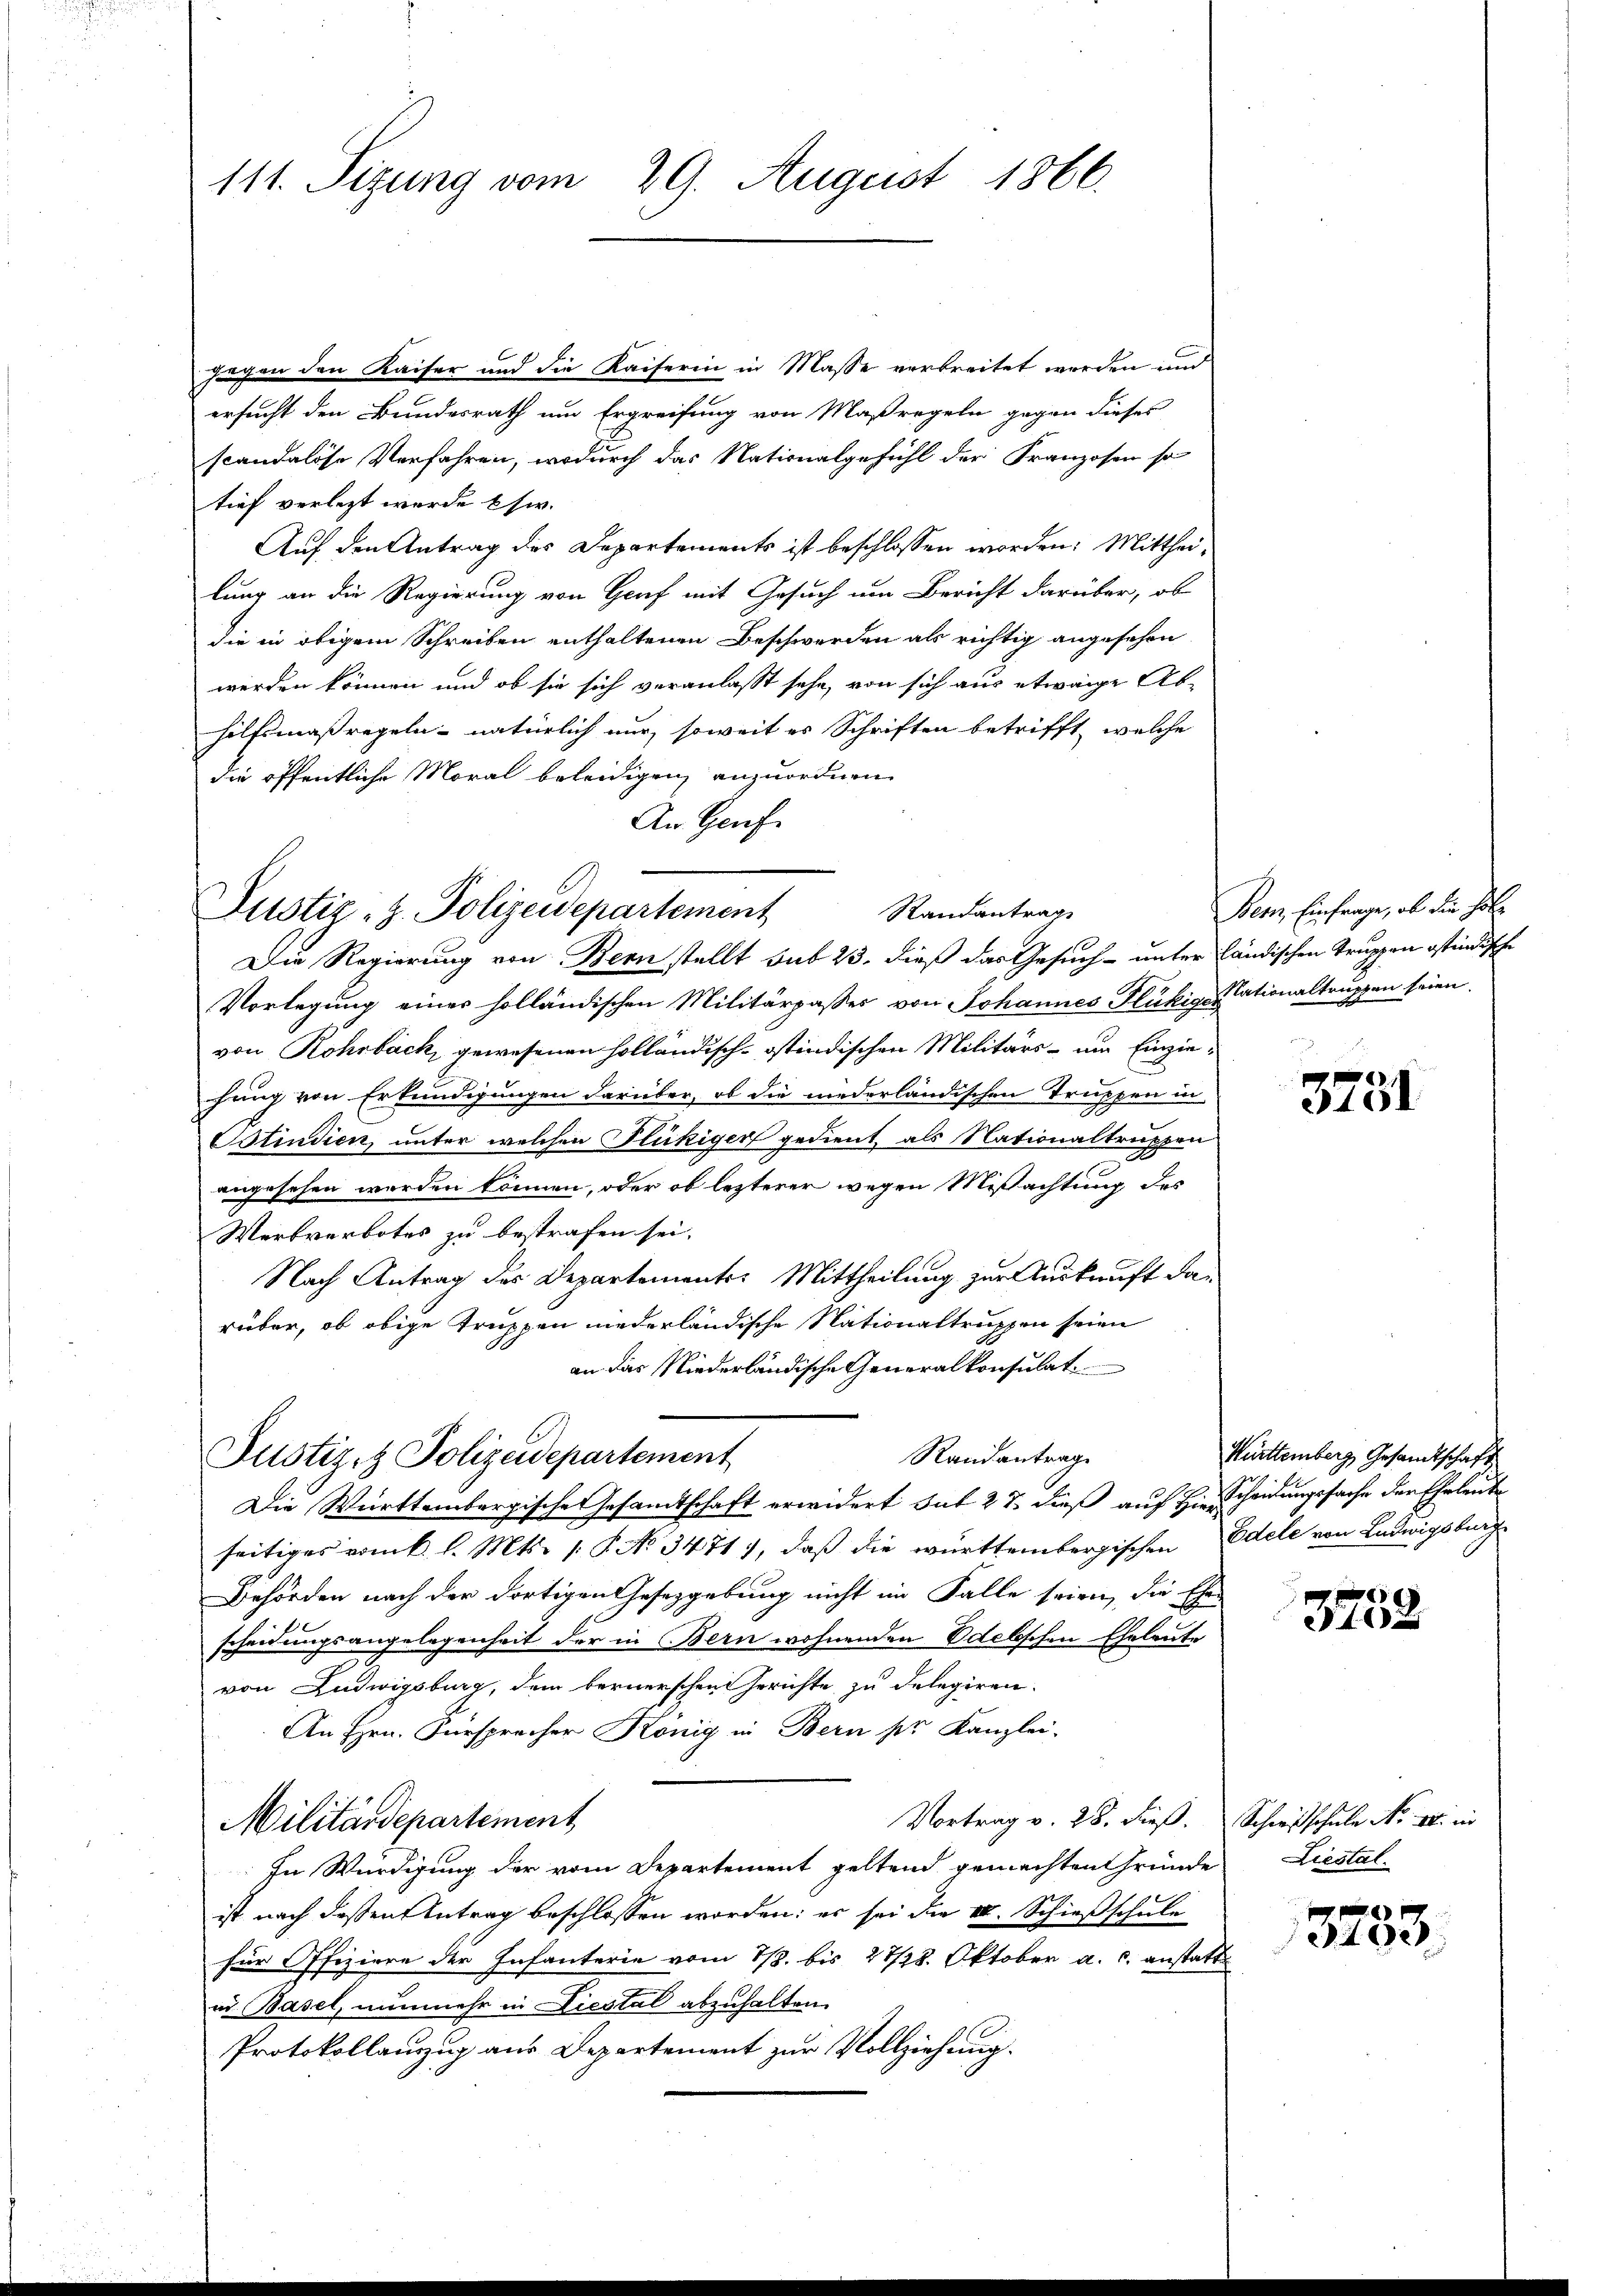
111. Sitzung vom 29. August 1866.

An Genf
Randantrag
Justiz- H. Polizeidepartement

gegen den Kaiser und die Kaiserin in Masse verbreitet werden und
ersucht den Bundesrath um Ergreifung von Maßregeln gegen dieses
scandalöse Verfahren, wodurch das Nationalgefühl der Franzosen so
tief verletzt werde usw.
Auf den Antrag des Departements ist beschlossen worden. Mittheilung an die Regierung von Graf mit Gesuch um Bericht darüber, ob
die in obigem Schreiben enthaltenen Beschwerden als richtig angesehen
werden können und ob sie sich veranlasst sehe, von sich aus etwaige Ab-
hilfsmaßregeln - natürlich nur, soweit es Schriften betrifft, welche
die öffentliche Moral beleidigen anzuordnen
Die Regierung von Bern stellt sub 23. dieß das Gesuch- unter ländischen Truppen ostindische
Vorlegung einer holländischen Militärpasses von Johannes Flückige Tationaltruppen seien.
von Rohrback, gewesenen Holländisch-östindischen Militärs - um Einziehung von Erkundigungen darüber, ob die niederländischen Truppen in
e
Ostindien, unter welchen Flückiger gedient, als Nationaltruppen
angesehen werden können, oder ob lezterer wegen Mißachtung des
Werkverbotes zu bestrafen sei.
Nach Antrag des Departements: Mittheilung zur Auskunft darüber, ob obige Truppen niederländische Nationaltruppen seien
an das Niederländische Generalkonsulat
Randantrage
Justiz & Polizeidepartement
Die Württembergische Gesamtschaft erwidert sub 2 & dieß auf Hrn. Scheidungssache der Eheleute
seitiges vom k. l. Mts. [P No 3471), daß die württembergischen Edele von Ludwigsburg
Behörden nach der dortigen Gesetzgebung nicht im Falle seien, die Ehe-
scheidungsangelegenheit der in Bern wohnenden Edelschen Eheleute
von Ludwigsburg, dem bernerschen Gerichte zu delegiren.
An Hrn. Fürsprecher König in Bern pr. Kanzlei-
Vortrag v. 28. dieß. Schweisschule No II. in
Militärdepartement
In Würdigung der vom Departement geltend gemachten Gründe
ist nach deßen Antrag beschlossen worden; es sei die IV. Schießschule
für Offiziere der Infanterie vom 1/3. bis 27/22. Oktober a. c. anstatt
ad Basel, nunmehr in Liestal abzuhalten.
Protokollauszug aus Departement zur Vollziehung.

Bern, Einfrage, ob die Hol

3731

Württemberg, Gesandtschaft

3758

Liestal.

3783.